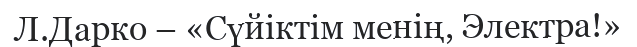
Л.Дарко – «Сүйіктім менің, Электра!»